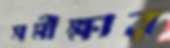
সমীক্ষার